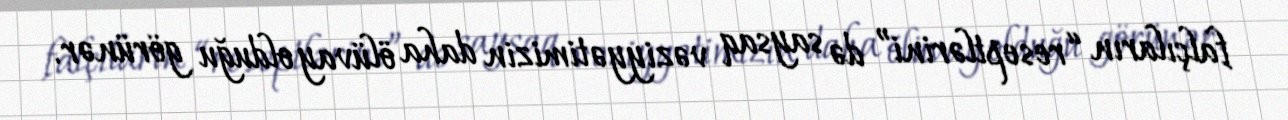
falçıların “reseptlərini” də saysaq vəziyyətimizin daha ölüvay olduğu görünər.